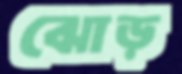
ঝোড়